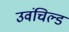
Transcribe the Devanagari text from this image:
उवंचिल्ड